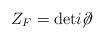
LaTeX: \begin{align*}Z_F = {\rm det} i\!\!\not\!\partial\end{align*}